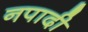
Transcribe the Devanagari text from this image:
नपादी